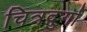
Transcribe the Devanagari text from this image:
चित्रदुर्गा